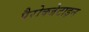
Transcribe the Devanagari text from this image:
पैरोक्जेटाइन